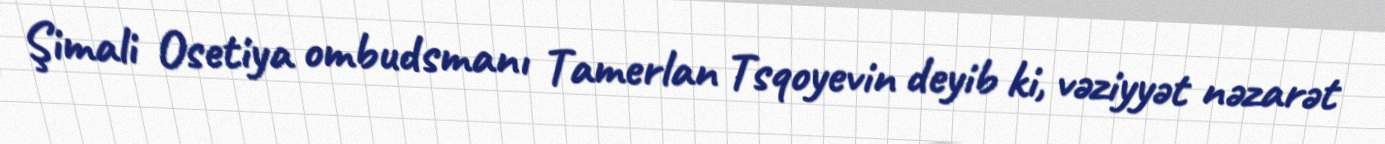
Şimali Osetiya ombudsmanı Tamerlan Tsqoyevin deyib ki, vəziyyət nəzarət